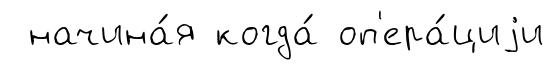
начина́я когда́ оп'ера́циjи